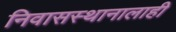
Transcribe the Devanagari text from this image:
निवासस्थानालाही